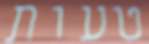
טעות